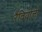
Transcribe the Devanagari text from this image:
रैवियोली